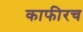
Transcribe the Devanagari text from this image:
काफीरच